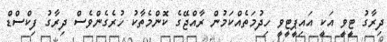
ދިރާގު ޓީވީ އަކީ އައިޕީޓީވީ ހިދުމަތެއްކަމުން ރާއްޖޭގެ ކޮންމެތާކު ހުރެގެންވެސް ދިރާގު ފިކްސްޑް